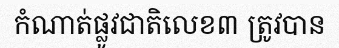
កំណាត់ផ្លូវជាតិលេខ៣ ត្រូវបាន